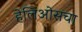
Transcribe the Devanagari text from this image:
हेलिओसचा